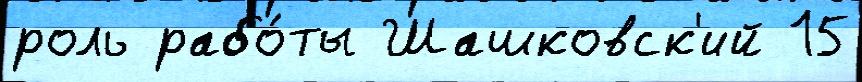
роль рабо́ты Шашковск'ий 15